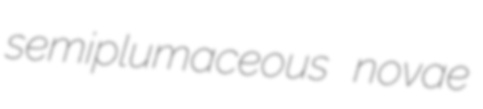
semiplumaceous novae